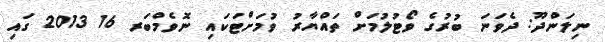
ނިލަންދޫ: ދެވަނަ ބުރުގެ ވޯޓުލުމަށް ތައްޔާރު ވުމަށްޓަކައި ނޮވެމްބަރ 16 2013 ގައި